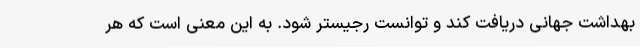
بهداشت جهانی دریافت کند و توانست رجیستر شود. به این معنی است که هر